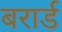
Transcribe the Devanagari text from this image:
बरार्ड